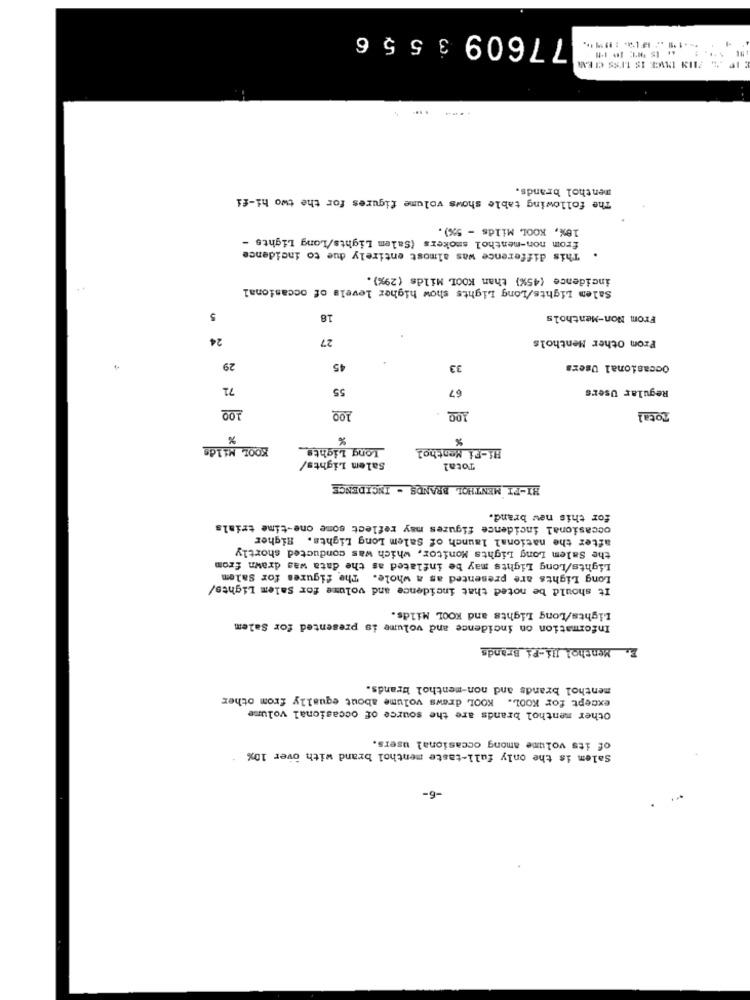
77609 3
& PIN IENGE IS LESS CIEM
.---
menthol brands.
The following table shows volume figures for the two hi-fi
18%, KOOL Milds - 5%).
from non-menthol smokers {Salem Lights/Long Lights -
. This difference was almost entirely due to incidence
incidence (45%) than KOOL Milds (29%).
Salem Lights/Long Lights show higher levels of occasional
5
18
From Non-Menthols
24
27
From Other Menthols
29
45
33
Occasional Users
71
55
67
Regular Users
10º
10º
100
Total
%
%
KOOL Milds
Long Lights
Hi-Fi Menthol
Salem Lights/
Total
HI-FI MENTHOL BRANDS - INCIDENCE
for this new brand.
occasional incidence figures may reflect some one-time trials
after the national launch of Salem Long Lights. Higher
the Salem Long Lights Monitor, which was conducted shortly
Lights/Long Lights may be inflated as the data was drawn from
Long Lights are presented as a whole. The figures for Salem
It should be noted that incidence and volume for Salem Lights/
Lights/Long Lights and KOOL Milds.
Information on incidence and volume is presented for Salem
Z. Menthol Hi-Fi Brands
menthol brands and non-menthol brands.
except for KOOL. KOOL draws volume about equally from other
Other menthol brands are the source of occasional volume
of its volume among occasional users.
Salem is the only full-taste menthol brand with over 10%
-6-